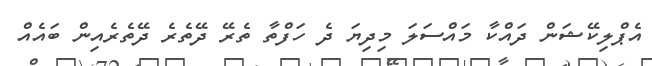
އެޕްލިކޭޝަން ދައްކާ މައްސަލަ މިދިޔަ ދެ ހަފްތާ ތެރޭ ދޭތެރެ ދޭތެރެއިން ބައެއް